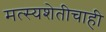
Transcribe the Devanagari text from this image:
मत्स्यशेतीचाही